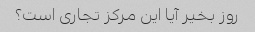
روز بخیر آیا این مرکز تجاری است؟